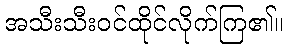
အသီးသီးဝင်ထိုင်လိုက်ကြ၏။